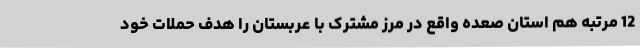
12 مرتبه هم استان صعده واقع در مرز مشترک با عربستان را هدف حملات خود